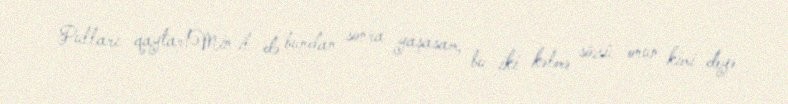
Pulları qaytar!Min il də bundan sonra yaşasam, bu iki kəlmə sözü onun kimi deyə